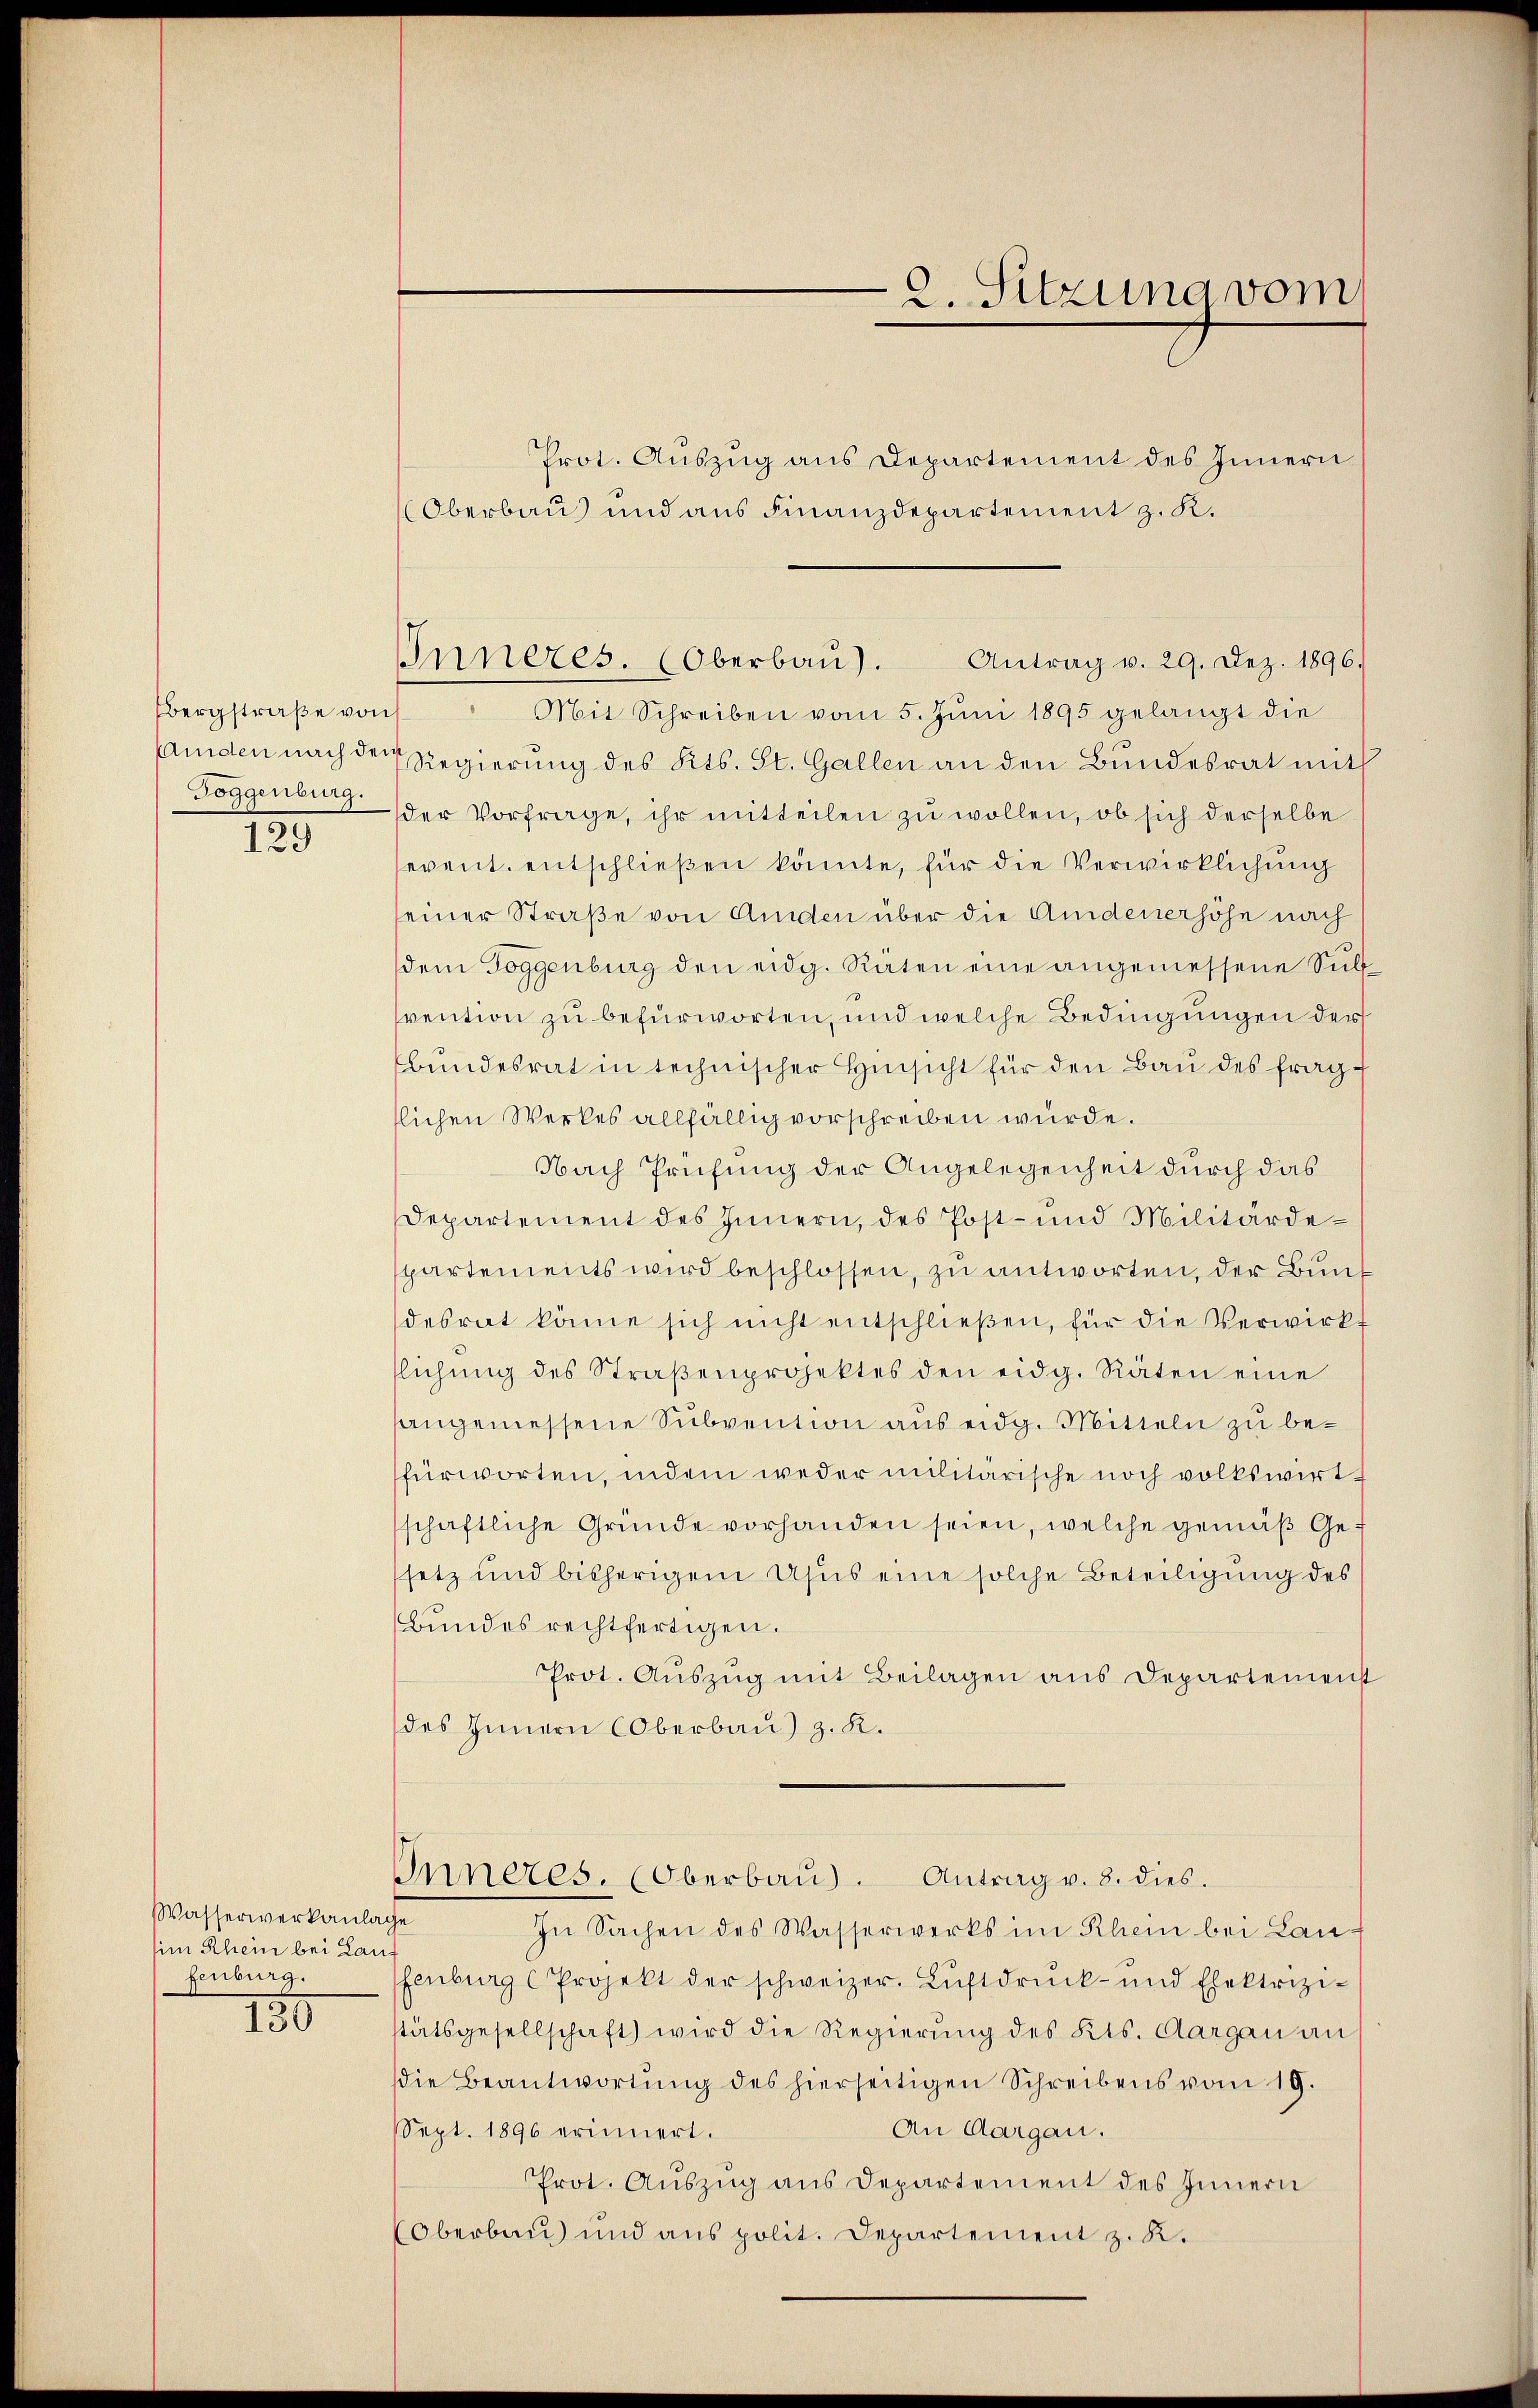
Bergstraße von
Toggenburg.
129

Wasserwerkanlage
sim Rhein bei Lauf
fenburg.

150

Prot. Auszug aus Departement des Innern
Oberbau und aus Finanzdepartement z. K.
Mit Schreiben vom 5. Jŭni 1895 gelangt die
mden nach der Regierung des Kts. St. Gallen an den Bundesrat mit
der Vorfrage, ihr mitteilen zu wollen, ob sich derselbe
event. entschließen könnte, für die Verwirklichung
seiner Straße von Amden über die Andenerhöhe nach
dem Toggenburg den eidg. Räten eine angemessene Sul
vention zu befürworten, und welche Bedingungen der
bŭndesrat in technischer Hinsicht für den Bau des fragtlichen Werkes allfällig vorschreiben würde.
Nach Prüfung der Angelegenheit durch das
Departement des Innern, des Post- und Militärdepartements wird beschlossen, zu antworten, der Bundesrat könne sich nicht entschlieβen, für die Verwirkt
flichŭng des Straβenprojektes den eidg. Räten eine
angemessene Subvention aus eidg. Mitteln zu befürworten, indem weder militärische noch volkswirt
schaftliche Gründe vorhanden seien, welche gemäß Gesetz und bisherigem Usus eine solche Beteiligung des
Bundes rechtfertigen.
Prot. Aŭszŭg mit Beilagen aus Departemenst
des Innern Oberbau) z. K.
Inneres. (Oberbaŭ). Antrag v. 8. dies.
In Sachen des Wasserwerks im Rhein bei Lanfenburg (Projekt der schweizer. Luftdruck- und Elektrizi-
stätsgesellschaft) wird die Regierung des Kts. Aargau an
die Beantwortŭng des hierseitigen Schreibens vom 19.
An Aargau.
Sept. 1896 erinnert.
Prot. Auszug aus Departement des Innern
(Oberbau und ans polit. Departement z. K.

2. Sitzung vom

Inneres. (Oberbaŭ). Antrag v. 29. Dez. 1896.